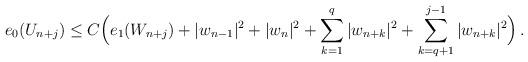
LaTeX: \begin{align*} e_0(U_{n+j}) \le C \Big( e_1(W_{n+j}) + |w_{n-1}|^2 +|w_n|^2 + \sum_{k=1}^q |w_{n+k}|^2 + \sum_{k=q+1}^{j-1} |w_{n+k}|^2 \Big) \,. \end{align*}